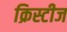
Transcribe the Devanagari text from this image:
क्रिस्टीज